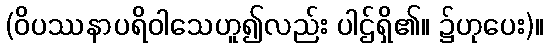
(ဝိပဿနာပရိဝါသေဟူ၍လည်း ပါဌ်ရှိ၏။ ၌ဟုပေး)။